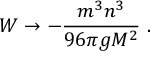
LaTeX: W \to - \frac { m ^ { 3 } n ^ { 3 } } { 9 6 \pi g M ^ { 2 } } \ .